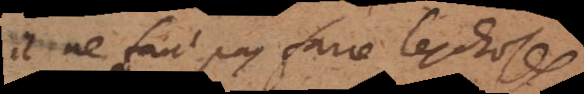
il ne faut pas faire les choses